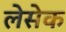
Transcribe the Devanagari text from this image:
लेसेक